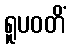
ရူပဝတိံ